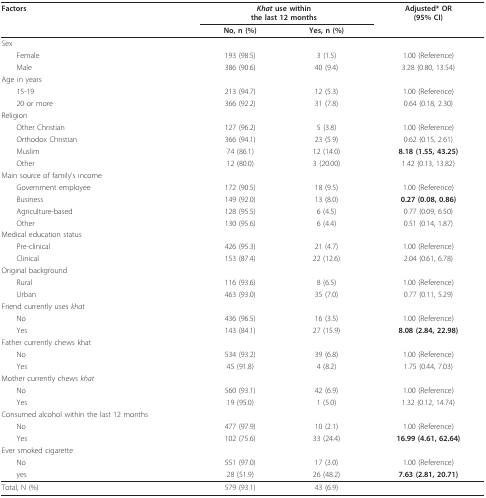
<table><thead><tr><td><b>Factors</b></td><td colspan="2"><b><i>Khat </i>use withinthe last 12 months</b></td><td><b>Adjusted* OR(95% CI)</b></td></tr><tr><td></td><td><b>No, n (%)</b></td><td><b>Yes, n (%)</b></td><td></td></tr></thead><tbody><tr><td>Sex</td><td></td><td></td><td></td></tr><tr><td> Female</td><td>193 (98.5)</td><td>3 (1.5)</td><td>1.00 (Reference)</td></tr><tr><td> Male</td><td>386 (90.6)</td><td>40 (9.4)</td><td>3.28 (0.80, 13.54)</td></tr><tr><td>Age in years</td><td></td><td></td><td></td></tr><tr><td> 15-19</td><td>213 (94.7)</td><td>12 (5.3)</td><td>1.00 (Reference)</td></tr><tr><td> 20 or more</td><td>366 (92.2)</td><td>31 (7.8)</td><td>0.64 (0.18, 2.30)</td></tr><tr><td>Religion</td><td></td><td></td><td></td></tr><tr><td> Other Christian</td><td>127 (96.2)</td><td>5 (3.8)</td><td>1.00 (Reference)</td></tr><tr><td> Orthodox Christian</td><td>366 (94.1)</td><td>23 (5.9)</td><td>0.62 (0.15, 2.61)</td></tr><tr><td> Muslim</td><td>74 (86.1)</td><td>12 (14.0)</td><td><b>8.18 (1.55, 43.25)</b></td></tr><tr><td> Other</td><td>12 (80.0)</td><td>3 (20.00)</td><td>1.42 (0.13, 13.82)</td></tr><tr><td>Main source of family&#x27;s income</td><td></td><td></td><td></td></tr><tr><td> Government employee</td><td>172 (90.5)</td><td>18 (9.5)</td><td>1.00 (Reference)</td></tr><tr><td> Business</td><td>149 (92.0)</td><td>13 (8.0)</td><td><b>0.27 (0.08, 0.86)</b></td></tr><tr><td> Agriculture-based</td><td>128 (95.5)</td><td>6 (4.5)</td><td>0.77 (0.09, 6.50)</td></tr><tr><td> Other</td><td>130 (95.6)</td><td>6 (4.4)</td><td>0.51 (0.14, 1.87)</td></tr><tr><td>Medical education status</td><td></td><td></td><td></td></tr><tr><td> Pre-clinical</td><td>426 (95.3)</td><td>21 (4.7)</td><td>1.00 (Reference)</td></tr><tr><td> Clinical</td><td>153 (87.4)</td><td>22 (12.6)</td><td>2.04 (0.61, 6.78)</td></tr><tr><td>Original background</td><td></td><td></td><td></td></tr><tr><td> Rural</td><td>116 (93.6)</td><td>8 (6.5)</td><td>1.00 (Reference)</td></tr><tr><td> Urban</td><td>463 (93.0)</td><td>35 (7.0)</td><td>0.77 (0.11, 5.29)</td></tr><tr><td>Friend currently uses <i>khat</i></td><td></td><td></td><td></td></tr><tr><td> No</td><td>436 (96.5)</td><td>16 (3.5)</td><td>1.00 (Reference)</td></tr><tr><td> Yes</td><td>143 (84.1)</td><td>27 (15.9)</td><td><b>8.08 (2.84, 22.98)</b></td></tr><tr><td>Father currently chews khat</td><td></td><td></td><td></td></tr><tr><td> No</td><td>534 (93.2)</td><td>39 (6.8)</td><td>1.00 (Reference)</td></tr><tr><td> Yes</td><td>45 (91.8)</td><td>4 (8.2)</td><td>1.75 (0.44, 7.03)</td></tr><tr><td>Mother currently chews <i>khat</i></td><td></td><td></td><td></td></tr><tr><td> No</td><td>560 (93.1)</td><td>42 (6.9)</td><td>1.00 (Reference)</td></tr><tr><td> Yes</td><td>19 (95.0)</td><td>1 (5.0)</td><td>1.32 (0.12, 14.74)</td></tr><tr><td>Consumed alcohol within the last 12 months</td><td></td><td></td><td></td></tr><tr><td> No</td><td>477 (97.9)</td><td>10 (2.1)</td><td>1.00 (Reference)</td></tr><tr><td> Yes</td><td>102 (75.6)</td><td>33 (24.4)</td><td><b>16.99 (4.61, 62.64)</b></td></tr><tr><td>Ever smoked cigarette</td><td></td><td></td><td></td></tr><tr><td> No</td><td>551 (97.0)</td><td>17 (3.0)</td><td>1.00 (Reference)</td></tr><tr><td> yes</td><td>28 (51.9)</td><td>26 (48.2)</td><td><b>7.63 (2.81, 20.71)</b></td></tr><tr><td>Total, N (%)</td><td>579 (93.1)</td><td>43 (6.9)</td><td></td></tr></tbody></table>